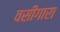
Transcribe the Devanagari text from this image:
वसीगारा